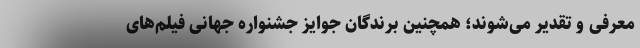
معرفی و تقدیر می‌شوند؛ همچنین برندگان جوایز جشنواره جهانی فیلم‌های